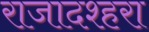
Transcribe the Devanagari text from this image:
राजादश्हरा